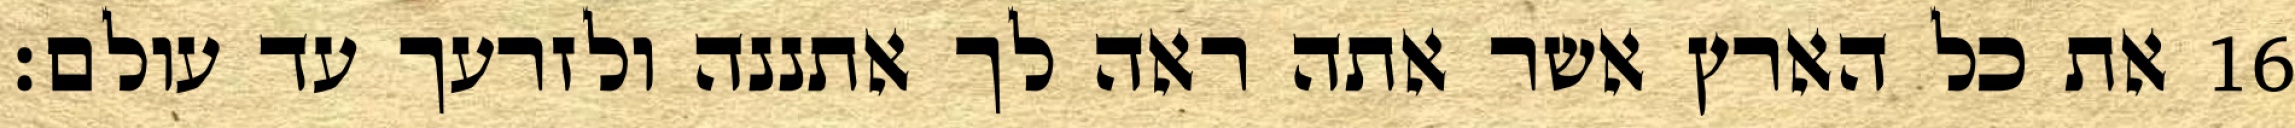
את כל הארץ אשר אתה ראה לך אתננה ולזרעך עד עולם׃ ‎16‏